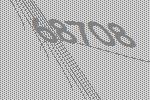
68708